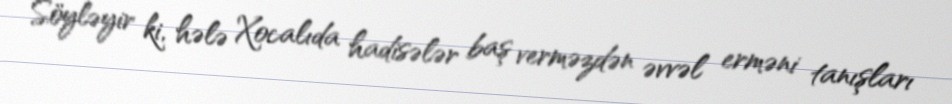
Söyləyir ki, hələ Xocalıda hadisələr baş verməzdən əvvəl erməni tanışları